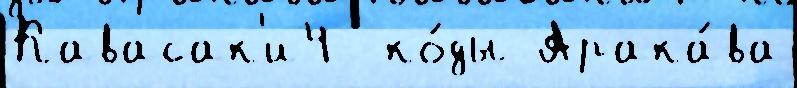
Кавасак'и4  ко́ды Арака́ва